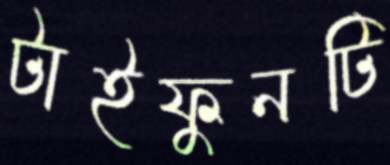
টাইফুনটি